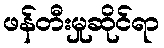
ဖန်တီးမှုဆိုင်ရာ